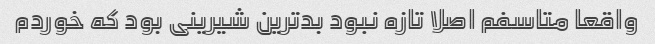
واقعا متاسفم اصلا تازه نبود بدترین شیرینی بود که خوردم